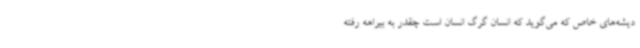
دیشه‌های خاص که می‌گوید که انسان گرگ انسان است چقدر به بیراهه رفته